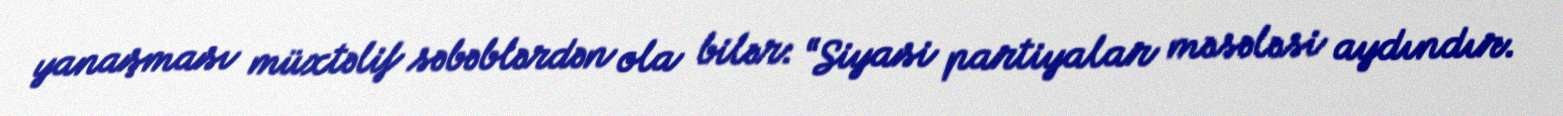
yanaşması müxtəlif səbəblərdən ola bilər: “Siyasi partiyalar məsələsi aydındır.